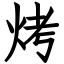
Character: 烤